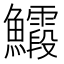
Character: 𮬙